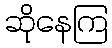
ဆိုနေကြ